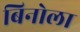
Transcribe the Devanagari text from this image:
बिनोला